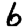
Digit: 6